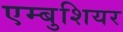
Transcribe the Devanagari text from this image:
एम्बुशियर